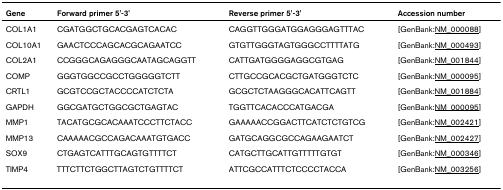
<table><thead><tr><td><b>Gene</b></td><td><b>Forward primer 5&#x27;-3&#x27;</b></td><td><b>Reverse primer 5&#x27;-3&#x27;</b></td><td><b>Accession number</b></td></tr></thead><tbody><tr><td>COL1A1</td><td>CGATGGCTGCACGAGTCACAC</td><td>CAGGTTGGGATGGAGGGAGTTTAC</td><td>[GenBank:NM_000088]</td></tr><tr><td>COL10A1</td><td>GAACTCCCAGCACGCAGAATCC</td><td>GTGTTGGGTAGTGGGCCTTTTATG</td><td>[GenBank:NM_000493]</td></tr><tr><td>COL2A1</td><td>CCGGGCAGAGGGCAATAGCAGGTT</td><td>CATTGATGGGGAGGCGTGAG</td><td>[GenBank:NM_001844]</td></tr><tr><td>COMP</td><td>GGGTGGCCGCCTGGGGGTCTT</td><td>CTTGCCGCACGCTGATGGGTCTC</td><td>[GenBank:NM_000095]</td></tr><tr><td>CRTL1</td><td>GCGTCCGCTACCCCATCTCTA</td><td>GCGCTCTAAGGGCACATTCAGTT</td><td>[GenBank:NM_001884]</td></tr><tr><td>GAPDH</td><td>GGCGATGCTGGCGCTGAGTAC</td><td>TGGTTCACACCCATGACGA</td><td>[GenBank:NM_000095]</td></tr><tr><td>MMP1</td><td>TACATGCGCACAAATCCCTTCTACC</td><td>GAAAAACCGGACTTCATCTCTGTCG</td><td>[GenBank:NM_002421]</td></tr><tr><td>MMP13</td><td>CAAAAACGCCAGACAAATGTGACC</td><td>GATGCAGGCGCCAGAAGAATCT</td><td>[GenBank:NM_002427]</td></tr><tr><td>SOX9</td><td>CTGAGTCATTTGCAGTGTTTTCT</td><td>CATGCTTGCATTGTTTTTGTGT</td><td>[GenBank:NM_000346]</td></tr><tr><td>TIMP4</td><td>TTTCTTCTGGCTTAGTCTGTTTTCT</td><td>ATTCGCCATTTCTCCCCTACCA</td><td>[GenBank:NM_003256]</td></tr></tbody></table>